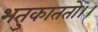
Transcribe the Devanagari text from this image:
भतुकाततो।।